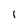
Character: I